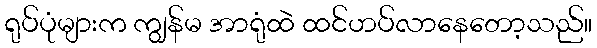
ရုပ်ပုံများက ကျွန်မ အာရုံထဲ ထင်ဟပ်လာနေတော့သည်။